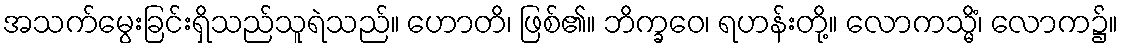
အသက်မွေးခြင်းရှိသည်သူရဲသည်။ ဟောတိ၊ ဖြစ်၏။ ဘိက္ခဝေ၊ ရဟန်းတို့။ လောကသ္မိံ၊ လောက၌။